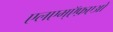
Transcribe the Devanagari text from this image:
एलएम्ऍफ़एओ